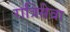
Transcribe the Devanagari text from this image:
रात्रिसेवा